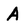
Character: A